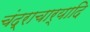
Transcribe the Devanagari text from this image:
चंद्राचार्यादि